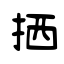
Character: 拪